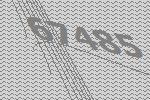
67485